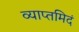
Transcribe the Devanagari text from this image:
व्याप्तमिदं